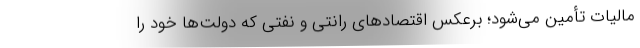
مالیات تأمین می‌شود؛ برعکس اقتصادهای رانتی و نفتی که دولت‌ها خود را